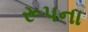
રૂપના